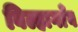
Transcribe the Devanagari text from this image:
बिल्हागाँव